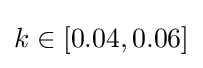
k\in [0.04,0.06]